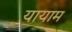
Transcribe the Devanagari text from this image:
यायाम